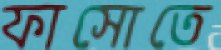
ফাসোতে